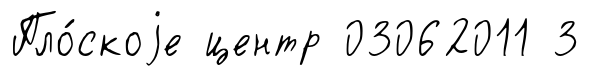
Пло́скоjе центр 03062011 3